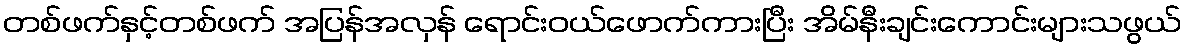
တစ်ဖက်နှင့်တစ်ဖက် အပြန်အလှန် ရောင်းဝယ်ဖောက်ကားပြီး အိမ်နီးချင်းကောင်းများသဖွယ်